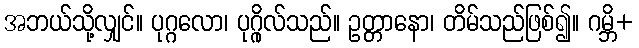
အဘယ်သို့လျှင်။ ပုဂ္ဂလော၊ ပုဂ္ဂိုလ်သည်။ ဥတ္တာနော၊ တိမ်သည်ဖြစ်၍။ ဂမ္ဘိ+